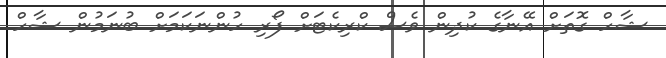
ޝާހް ގޮތަށް އޭނާގެ ކުދިން ވެސް ކްރިކެޓަށް ފޯރި ހުންނަކަމަށް ބުނަމުން ޝާހް